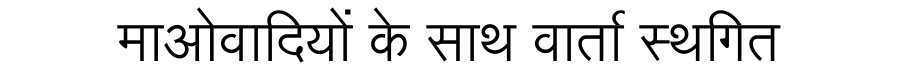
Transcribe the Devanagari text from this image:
माओवादियों के साथ वार्ता स्थगित